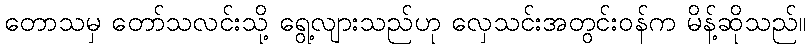
တောသမှ တော်သလင်းသို့ ရွေ့လျားသည်ဟု လှေသင်းအတွင်းဝန်က မိန့်ဆိုသည်။